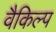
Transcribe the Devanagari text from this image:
वैकिल्प